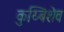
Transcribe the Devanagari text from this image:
कुय्बिशेव